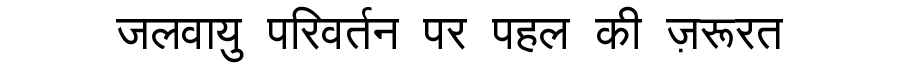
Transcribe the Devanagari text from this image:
जलवायु परिवर्तन पर पहल की ज़रूरत